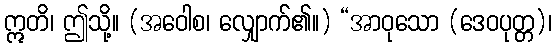
ဣတိ၊ ဤသို့။ (အဝေါစ၊ လျှောက်၏။) “အာဝုသော (ဒေဝပုတ္တ)၊